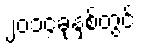
၂၀၁၄ခုနှစ်တွင်